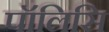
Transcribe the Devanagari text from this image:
पॉलिसि